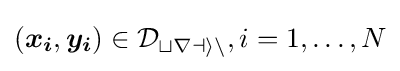
({\boldsymbol {x_{i}}},{\boldsymbol {y_{i}}})\in {\mathcal {D_{train}}},i=1,\dots ,N